Annual report of the Madras Medical College
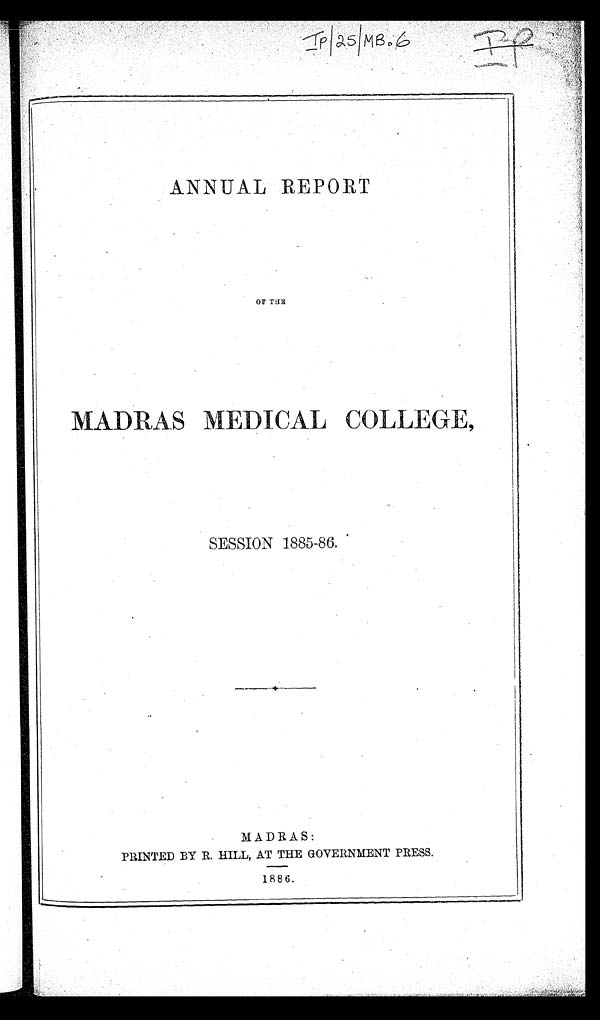
IP\25\MB.6
ANNUAL REPORT
OF THE
MADRAS MEDICAL COLLEGE,
SESSION 1885-86.
MADRAS:
PRINTED BY R. HILL, AT THE GOVERNMENT PRESS.
1886.